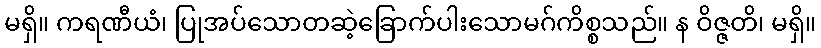
မရှိ။ ကရဏီယံ၊ ပြုအပ်သောတဆဲ့ခြောက်ပါးသောမဂ်ကိစ္စသည်။ န ဝိဇ္ဇတိ၊ မရှိ။